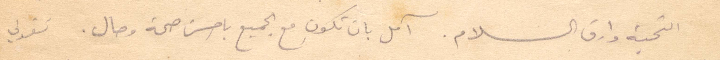
التحية وارق السلام. آمل بان تكون مع الجميع باحسن صحة وحال. تقولي